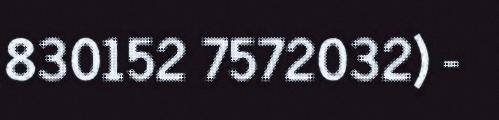
830152 7572032) -